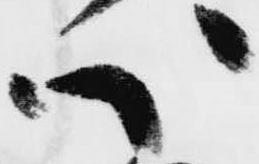
心